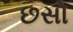
છસો